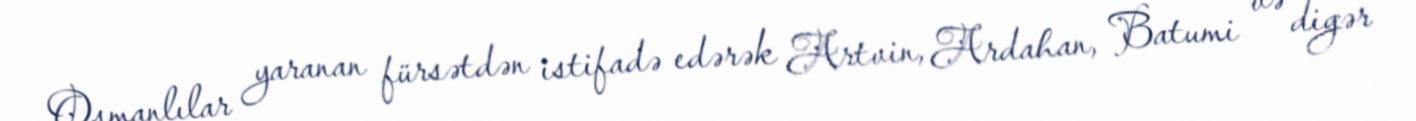
Osmanlılar yaranan fürsətdən istifadə edərək Artvin, Ardahan, Batumi və digər